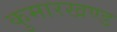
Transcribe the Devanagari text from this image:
कुमारखण्ड